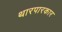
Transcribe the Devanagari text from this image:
थारपारकार